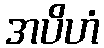
အပိဟံ